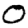
Digit: 0